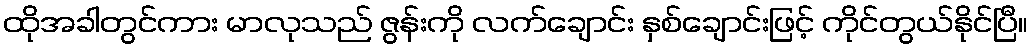
ထိုအခါတွင်ကား မာလုသည် ဇွန်းကို လက်ချောင်း နှစ်ချောင်းဖြင့် ကိုင်တွယ်နိုင်ပြီ။